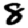
Digit: 8